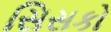
સિસકો